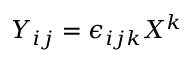
Y _ { i j } = \epsilon _ { i j k } X ^ { k }